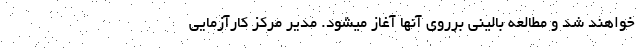
خواهند شد و مطالعه بالینی برروی آنها آغاز میشود. مدیر مرکز کارآزمایی